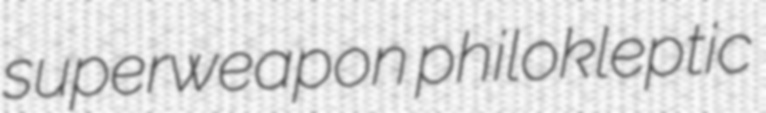
superweapon philokleptic